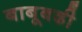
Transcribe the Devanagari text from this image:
बाबूबढी